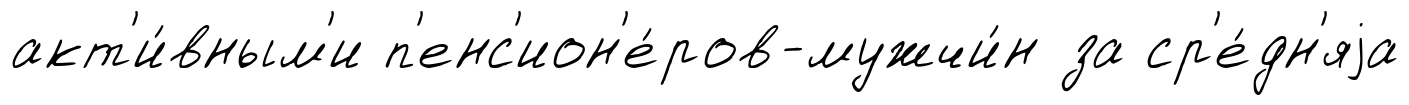
акт'и́вным'и п'енс'ион'е́ров-мужчи́н за ср'е́дн'яjа